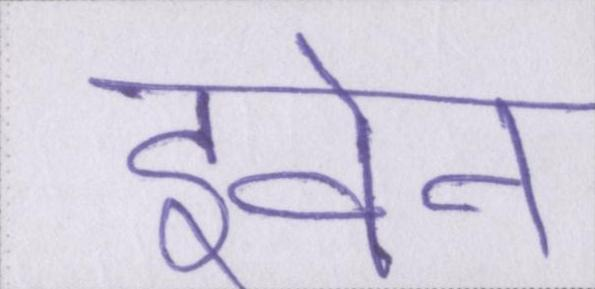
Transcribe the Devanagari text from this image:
इवेन